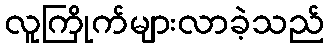
လူကြိုက်များလာခဲ့သည်